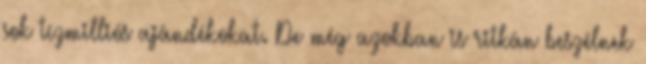
sok tízmilliós ajándékokat. De még azokban is ritkán beszélnek